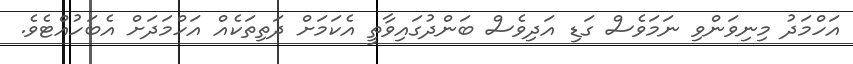
އަހްމަދު މިނިވަންވި ނަމަވެސް ގަޑި އަދިވެސް ބަންދުގައިވާތީ އެކަމަށް ދަތިތަކެއް އަހްމަދަށް އެބަހުއްޓެވެ.